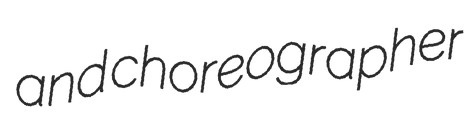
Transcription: and choreographer